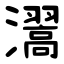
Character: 瀥